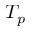
T _ { p }